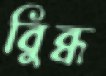
বিুব্ধ